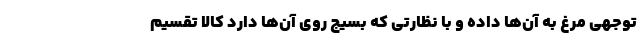
توجهی مرغ به آن‌ها داده و با نظارتی که بسیج روی آن‌ها دارد کالا تقسیم